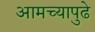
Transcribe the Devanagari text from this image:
आमच्यापुढे